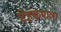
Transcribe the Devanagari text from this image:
टेहळ्याला